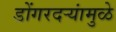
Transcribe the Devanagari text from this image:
डोंगरदऱ्यांमुळे